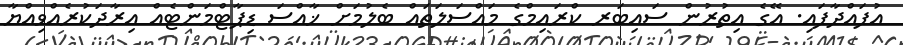
އުފައްދާފައި. އޭގެ އިތުރުން ސައިބަރ ކްރައިމްގެ މައްސަލަތައް ބެލުމަށް ޚާއްސަ ޑިޕާޓްމަންޓެއް އިރާދަކުރެއްވިއްޔާ